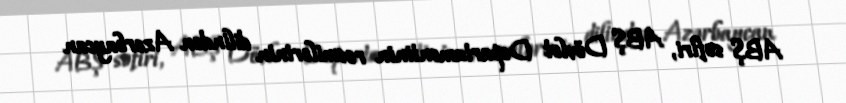
ABŞ səfiri, ABŞ Dövlət Departamentinin rəsmilərinin dilindən Azərbaycan